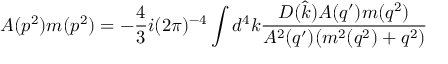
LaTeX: A ( p ^ { 2 } ) m ( p ^ { 2 } ) = - { \frac { 4 } { 3 } } i ( 2 \pi ) ^ { - 4 } \int d ^ { 4 } k { \frac { D ( { \hat { k } } ) A ( q ^ { \prime } ) m ( q ^ { 2 } ) } { A ^ { 2 } ( q ^ { \prime } ) ( m ^ { 2 } ( q ^ { 2 } ) + q ^ { 2 } ) } }